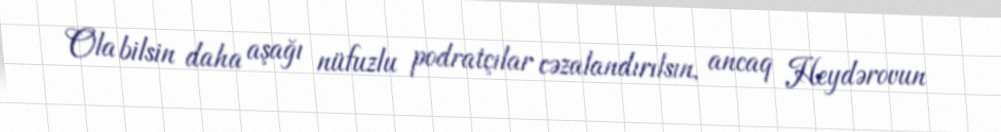
Ola bilsin daha aşağı nüfuzlu podratçılar cəzalandırılsın, ancaq Heydərovun